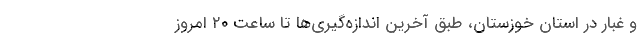
و غبار در استان خوزستان، طبق آخرین اندازه‌گیری‌ها تا ساعت ۲۰ امروز